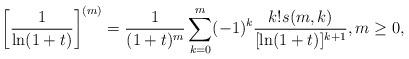
LaTeX: \begin{align*}\biggl[\frac1{\ln(1+t)}\biggr]^{(m)} =\frac1{(1+t)^m}\sum_{k=0}^m(-1)^k\frac{k!s(m,k)}{[\ln(1+t)]^{k+1}}, m\ge0,\end{align*}